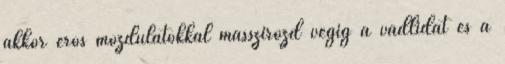
akkor erős mozdulatokkal masszírozd végig a vádlidat és a